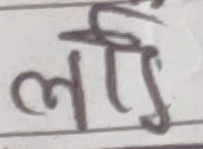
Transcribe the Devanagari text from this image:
लरी